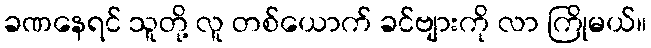
ခဏနေရင် သူတို့ လူ တစ်ယောက် ခင်ဗျားကို လာ ကြိုမယ်။